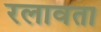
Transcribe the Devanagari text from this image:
रलावता